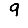
Digit: 9